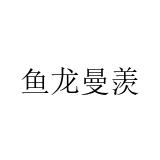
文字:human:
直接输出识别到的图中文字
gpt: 鱼龙曼羡